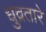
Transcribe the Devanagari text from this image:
धुव्रतारे